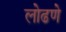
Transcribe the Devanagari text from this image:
लोढणे